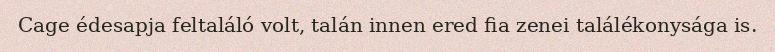
Cage édesapja feltaláló volt, talán innen ered fia zenei találékonysága is.